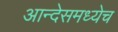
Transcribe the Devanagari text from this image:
आन्देसमध्येच